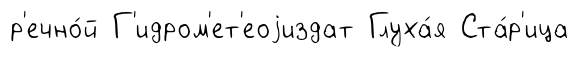
р'ечно́й Г'идром'ет'еоjиздат Глуха́я Ста́р'ица